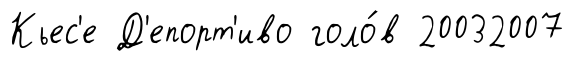
Кьес'е Д'епорт'иво голо́в 20032007